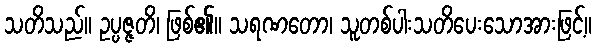
သတိသည်။ ဥပ္ပဇ္ဇတိ၊ ဖြစ်၏။ သရဏတော၊ သူတစ်ပါးသတိပေးသောအားဖြင့်။